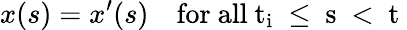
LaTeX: x(s)=x^{\prime}(s)\quad\mathrm{for~all~t_{i}~\le~s~<~t~}